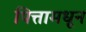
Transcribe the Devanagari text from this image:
पित्तामधून